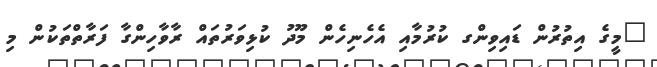
"މީގެ އިތުރުން ޑައިވިންގ ކުރުމާއި އެހެނިހެން މޫދު ކުޅިވަރުތައް ރާވާހިންގާ ފަރާތްތަކުން މި